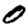
Digit: 0